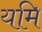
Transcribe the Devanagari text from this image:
यमि